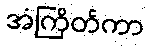
အံကြိတ်ကာ